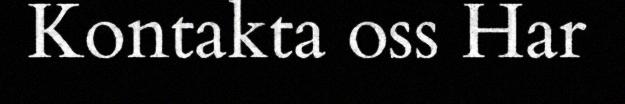
Kontakta oss Har